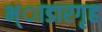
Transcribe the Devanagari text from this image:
भ्ाडारगृह